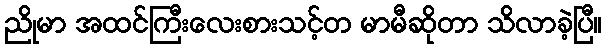
ညိုမာ အထင်ကြီးလေးစားသင့်တ မာမီဆိုတာ သိလာခဲ့ပြီ။